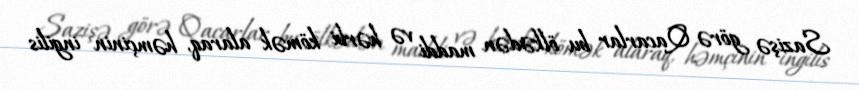
Sazişə görə Qacarlar bu ölkədən maddi və hərbi kömək alaraq, həmçinin ingilis